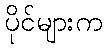
ပိုင်များက